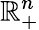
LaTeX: \mathbb{R}_{+}^{n}